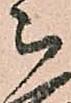
被